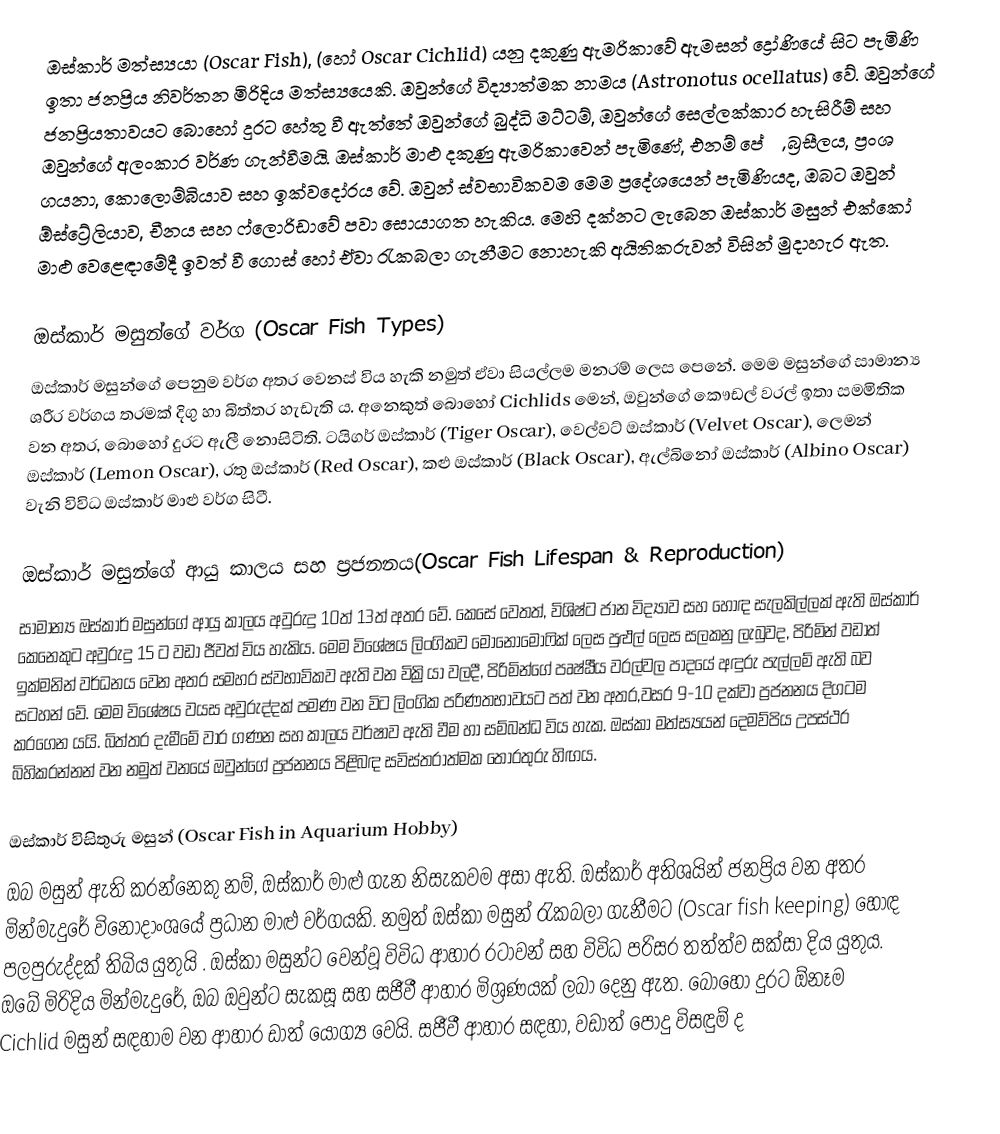
ඔස්කාර් මත්ස්‍යයා (Oscar Fish),  (හෝ Oscar Cichlid) යනු දකුණු ඇමරිකාවේ ඇමසන් ද්‍රෝණියේ සිට පැමිණි  ඉතා ජනප්‍රිය නිවර්තන මිරිදිය මත්ස්‍යයෙකි. ඔවුන්ගේ විද්‍යාත්මක නාමය (Astronotus ocellatus) වේ. ඔවුන්ගේ ජනප්‍රියතාවයට බොහෝ දුරට හේතු වී ඇත්තේ ඔවුන්ගේ බුද්ධි මට්ටම්, ඔවුන්ගේ සෙල්ලක්කාර හැසිරීම් සහ ඔවුන්ගේ අලංකාර වර්ණ ගැන්වීමයි.  ඔස්කාර් මාළු දකුණු ඇමරිකාවෙන් පැමිණේ, එනම් පේරු, බ්‍රසීලය, ප්‍රංශ ගයනා, කොලොම්බියාව සහ ඉක්වදෝරය වේ. ඔවුන් ස්වභාවිකවම මෙම ප්‍රදේශයෙන් පැමිණියද, ඔබට ඔවුන් ඕස්ට්‍රේලියාව, චීනය සහ ෆ්ලොරිඩාවේ පවා සොයාගත හැකිය. මෙහි දක්නට ලැබෙන ඔස්කාර් මසුන් එක්කෝ මාළු වෙළෙඳාමේදී ඉවත් වී ගොස් හෝ ඒවා රැකබලා ගැනීමට නොහැකි අයිතිකරුවන් විසින් මුදාහැර  ඇත.

ඔස්කාර් මසුන්ගේ වර්ග (Oscar Fish Types)
ඔස්කාර් මසුන්ගේ පෙනුම වර්ග අතර වෙනස් විය හැකි නමුත් ඒවා සියල්ලම මනරම් ලෙස පෙනේ. මෙම මසුන්ගේ සාමාන්‍ය ශරීර වර්ගය තරමක් දිගු හා බිත්තර හැඩැති ය. අනෙකුත් බොහෝ Cichlids මෙන්, ඔවුන්ගේ කෞඩල් වරල් ඉතා සමමිතික වන අතර, බොහෝ දුරට ඇලී නොසිටිති. ටයිගර් ඔස්කාර් (Tiger Oscar), වෙල්වට් ඔස්කාර් (Velvet Oscar), ලෙමන් ඔස්කාර් (Lemon Oscar), රතු ඔස්කාර් (Red Oscar), කළු ඔස්කාර් (Black Oscar), ඇල්බිනෝ ඔස්කාර් (Albino Oscar) වැනි විවිධ ඔස්කාර් මාළු වර්ග සිටී.

ඔස්කාර් මසුන්ගේ ආයු කාලය සහ ප්‍රජනනය(Oscar Fish Lifespan & Reproduction)
සාමාන්‍ය ඔස්කාර් මසුන්ගේ ආයු කාලය අවුරුදු 10ත් 13ත් අතර වේ. කෙසේ වෙතත්, විශිෂ්ට ජාන විද්‍යාව සහ හොඳ සැලකිල්ලක් ඇති ඔස්කාර් කෙනෙකුට අවුරුදු 15 ට වඩා ජීවත් විය හැකිය. මෙම විශේෂය ලිංගිකව මොනොමෝෆික් ලෙස පුළුල් ලෙස සලකනු ලැබුවද, පිරිමින් වඩාත් ඉක්මනින් වර්ධනය වෙන අතර  සමහර ස්වභාවිකව ඇති වන වික්‍රියා වලදී, පිරිමින්ගේ පෘෂ්ඨීය වරල්වල පාදයේ අඳුරු පැල්ලම් ඇති බව සටහන් වේ. මෙම විශේෂය වයස අවුරුද්දක් පමණ වන විට ලිංගික පරිණතභාවයට පත් වන අතර,වසර 9-10 දක්වා ප්‍රජනනය දිගටම කරගෙන යයි. බිත්තර දැමීමේ වාර ගණන සහ කාලය වර්ෂාව ඇති වීම හා සම්බන්ධ විය හැක. ඔස්කා  මත්ස්‍යයන් දෙමව්පිය උපස්ථර බිහිකරන්නන් වන නමුත් වනයේ ඔවුන්ගේ ප්‍රජනනය පිළිබඳ සවිස්තරාත්මක තොරතුරු හිඟය.

ඔස්කාර් විසිතුරු මසුන්  (Oscar Fish in Aquarium Hobby)
ඔබ මසුන් ඇති කරන්නෙකු නම්, ඔස්කාර් මාළු ගැන නිසැකවම  අසා ඇති. ඔස්කාර් අතිශයින් ජනප්‍රිය වන අතර මින්මැදුරේ විනෝදාංශයේ ප්‍රධාන මාළු වර්ගයකි. නමුත් ඔස්කා මසුන් රැකබලා ගැනීමට (Oscar fish keeping) හොඳ  පලපුරුද්දක් තිබිය යුතුයි . ඔස්කා මසුන්ට වෙන්වූ විවිධ ආහාර රටාවන් සහ  විවිධ පරිසර තත්ත්ව සක්සා දිය යුතුය. ඔබේ මිරිදිය මින්මැදුරේ, ඔබ ඔවුන්ට සැකසූ සහ සජීවී ආහාර මිශ්‍රණයක් ලබා දෙනු ඇත. බොහෝ දුරට ඕනෑම Cichlid  මසුන් සඳහාම වන ආහාර ඩාත් යෝග්‍ය වෙයි. සජීවී ආහාර සඳහා, වඩාත් පොදු විසඳුම් ද